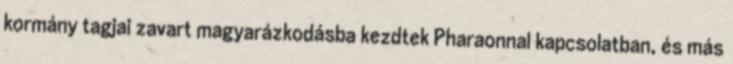
kormány tagjai zavart magyarázkodásba kezdtek Pharaonnal kapcsolatban, és más